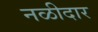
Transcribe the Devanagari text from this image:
नळीदार